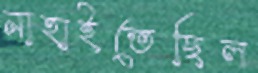
নাহাইতেছিল